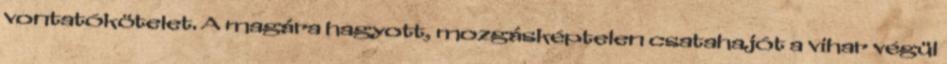
vontatókötelet. A magára hagyott, mozgásképtelen csatahajót a vihar végül